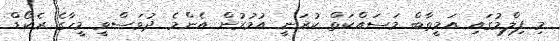
މި ފިލްމުގައި އަމީތާބް މަސައްކަތް ކުރަނީ އުމުރުން އެންމެ ދުވަސްވީ މީހާގެ ރެކޯޑް